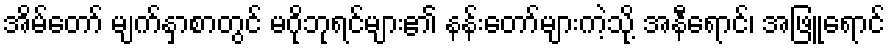
အိမ်တော် မျက်နှာစာတွင် မဂိုဘုရင်များ၏ နန်းတော်များကဲ့သို့ အနီရောင်၊ အဖြူရောင်